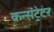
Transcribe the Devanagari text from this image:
कन्संट्रेटर